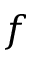
f